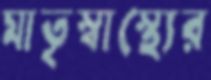
মাতৃস্বাস্থ্যের